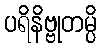
ပရိနိဗ္ဗုတမ္ပိ